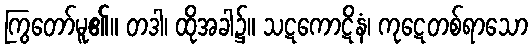
ကြွတော်မူ၏။ တဒါ၊ ထိုအခါ၌။ သဋကောဋိနံ၊ ကုဋေတစ်ရာသော